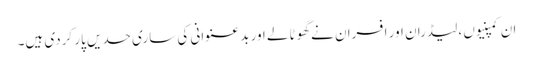
ان کمپنیوں ،لیڈران اور افسران نے گھوٹالے اور بد عنوانی کی ساری حدیں پار کردی ہیں۔